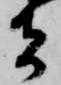
者